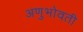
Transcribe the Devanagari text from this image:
अणुभोवती